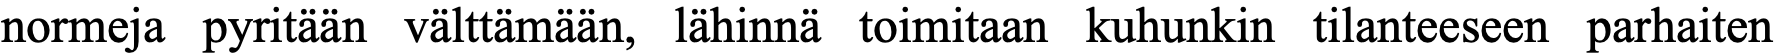
normeja pyritään välttämään, lähinnä toimitaan kuhunkin tilanteeseen parhaiten